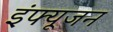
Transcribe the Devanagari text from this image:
इंफ्यूजन